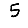
Digit: 5